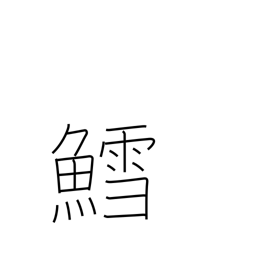
Meaning: codfish